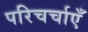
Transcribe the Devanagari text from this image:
परिचर्चाएँ